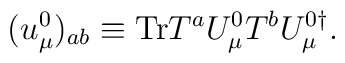
(u_\mu^0)_{{ab}}\equiv \hbox{Tr}T^{ a} U_\mu^0 T^{ b} U_\mu^{0\dagger}.